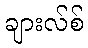
ချားလ်စ်